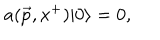
a ( \vec { p } , x ^ { + } ) \vert 0 \rangle = 0 ,